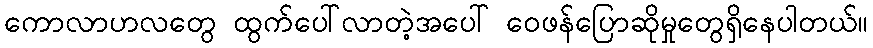
ကောလာဟလတွေ ထွက်ပေါ်လာတဲ့အပေါ် ဝေဖန်ပြောဆိုမှုတွေရှိနေပါတယ်။